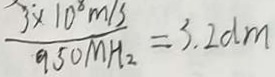
\frac { 3 ^ { . } \times 1 0 ^ { 8 } m / s } { 9 5 0 N H _ { 2 } } = 3 . 2 d m